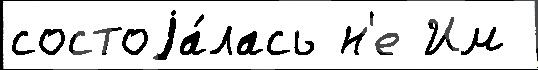
состоjа́лась н'е Им